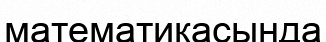
математикасында